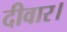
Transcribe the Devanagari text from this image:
दीवार।